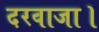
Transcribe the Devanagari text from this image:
दरवाजा।